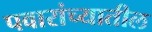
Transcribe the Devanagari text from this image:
पवारांच्यातील